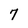
Character: 7